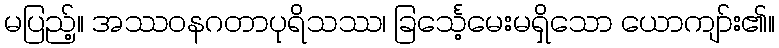
မပြည့်။ အဿဝနဂတာပုရိသဿ၊ ခြင်္သေ့မေးမရှိသော ယောကျာ်း၏။